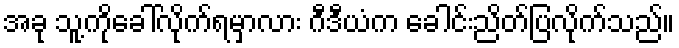
အခု သူ့ကိုခေါ်လိုက်ရမှာလား ဂီဒီယံက ခေါင်းညိတ်ပြလိုက်သည်။